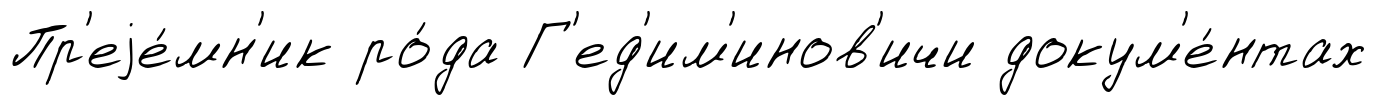
Пр'еjе́мн'ик ро́да Г'ед'им'инов'ичи докум'е́нтах